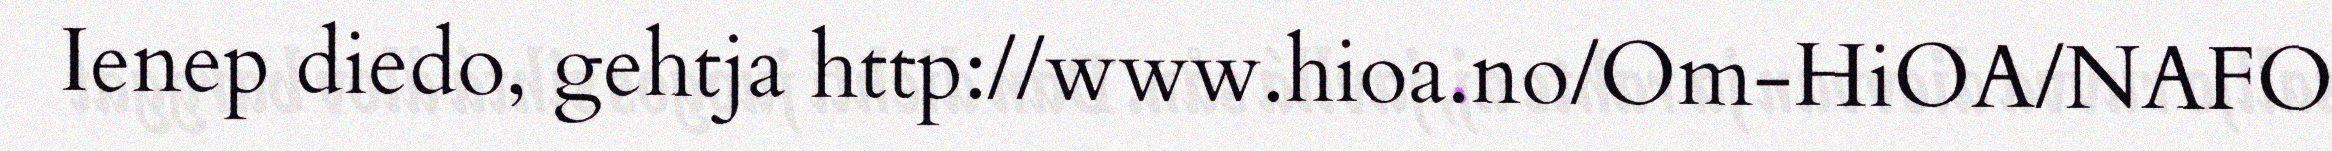
Ienep diedo, gehtja http://www.hioa.no/Om-HiOA/NAFO